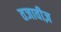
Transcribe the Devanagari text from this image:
तजावीज़